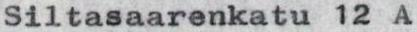
Siltasaarenkatu 12 A